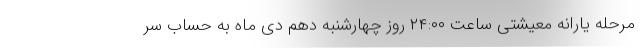
مرحله یارانه معیشتی ساعت ۲۴:۰۰ روز چهارشنبه دهم دی ماه به حساب سر